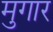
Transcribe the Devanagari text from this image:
मुगार